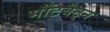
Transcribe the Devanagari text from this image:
मौंटबैट्न